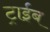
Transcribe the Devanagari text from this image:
ट्राईब